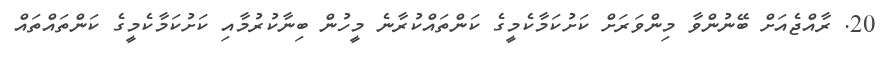
20. ރާއްޖެއަށް ބޭނުންވާ މިންވަރަށް ކަށުކަމާކެމީގެ ކަންތައްކުރާނެ މީހުން ބިނާކުރުމާއި ކަށުކަމާކެމީގެ ކަންތައްތައް